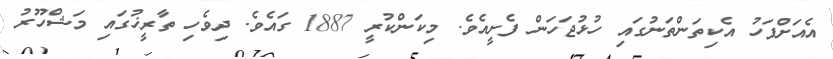
އެއަށްފަހު އެކިތަންތަނުގައި ހުޅުޖަހަން ފެށީއެވެ. މިކަންކުރީ 1887 ގައެވެ. ދިވެހި ތާރީޚުގައި މަޝްހޫރު